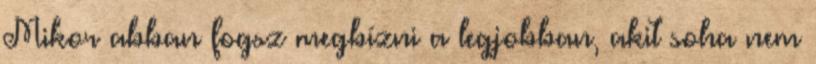
Mikor abban fogsz megbízni a legjobban, akit soha nem